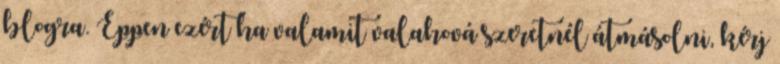
blogra. Éppen ezért ha valamit valahová szeretnél átmásolni, kérj